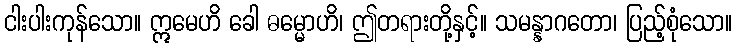
ငါးပါးကုန်သော။ ဣမေဟိ ခေါ ဓမ္မောဟိ၊ ဤတရားတို့နှင့်။ သမန္နာဂတော၊ ပြည့်စုံသော။